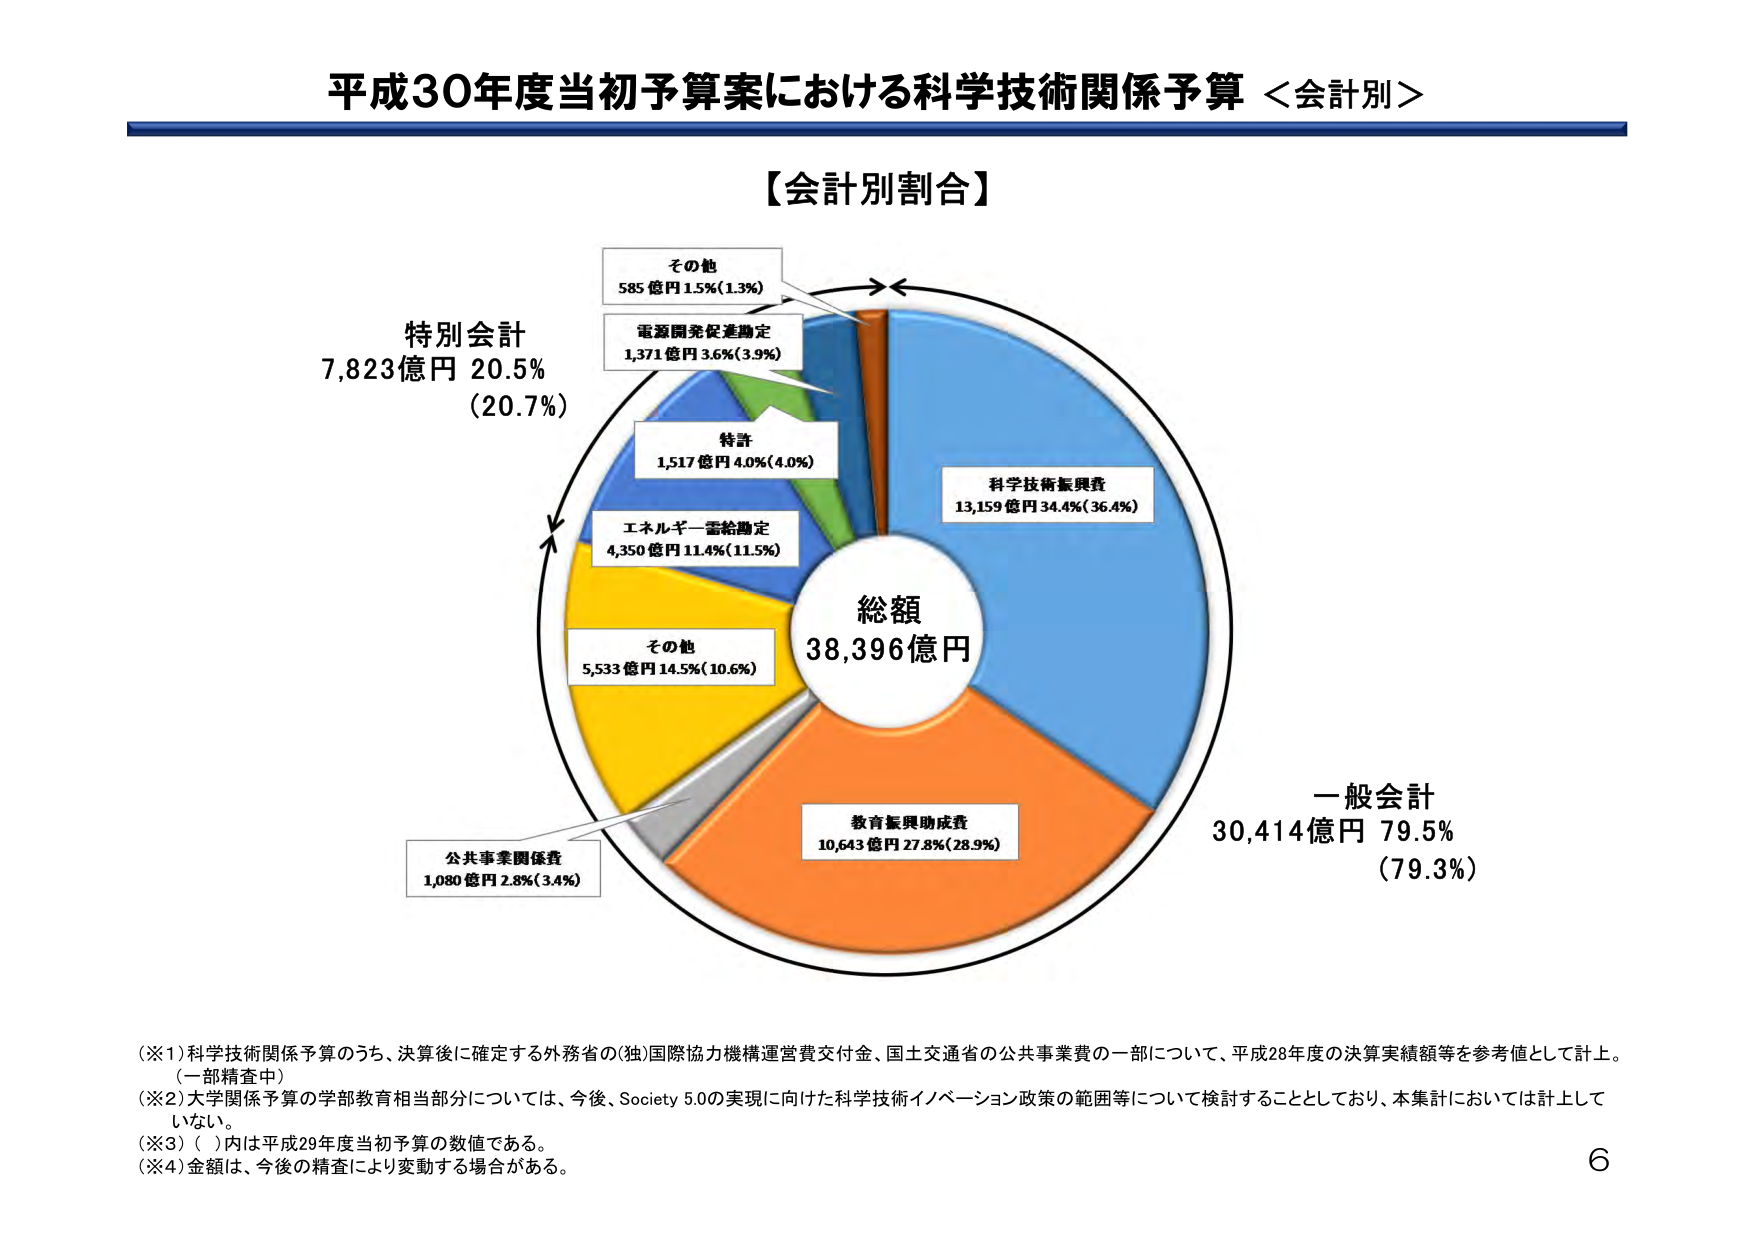
平成30年度当初予算案における科学技術関係予算 ＜会計別＞

【会計別割合】

特別会計
7,823億円 20.5%
（20.7%）

その他
585億円 1.5%（1.3%）

電源開発促進勘定
1,371億円 3.6%（3.9%）

特許
1,517億円 4.0%（4.0%）

エネルギー需給勘定
4,350億円 11.4%（11.5%）

その他
5,533億円 14.5%（10.6%）

公共事業関係費
1,080億円 2.8%（3.4%）

総額
38,396億円

科学技術振興費
13,159億円 34.4%（36.4%）

教育振興助成費
10,643億円 27.8%（28.9%）

一般会計
30,414億円 79.5%
（79.3%）

（※1）科学技術関係予算のうち、決算後に確定する外務省の（独）国際協力機構運営費交付金、国土交通省の公共事業費の一部について、平成28年度の決算実績額等を参考値として計上。（一部精査中）
（※2）大学関係予算の学部教育相当部分については、今後、Society 5.0の実現に向けた科学技術イノベーション政策の範囲等について検討することとしており、本集計においては計上していない。
（※3）（ ）内は平成29年度当初予算の数値である。
（※4）金額は、今後の精査により変動する場合がある。

6